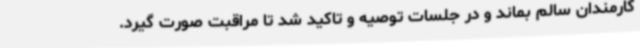
کارمندان سالم بماند و در جلسات توصیه و تاکید شد تا مراقبت صورت گیرد.